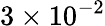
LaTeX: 3\times 10^{-2}